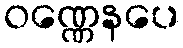
ဝဏ္ဏေနပေ